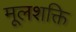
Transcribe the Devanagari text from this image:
मूलशक्ति